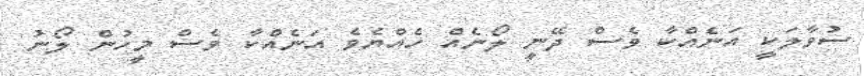
ސުވާލަކީ އަނެއްކާ ވެސް ދޭނީ ލޯނެއް ހެއްޔެވެ އަނެއްކާ ވެސް މީހުން ލޯނު